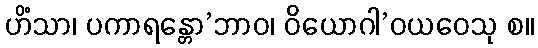
ဟိံသာ၊ ပကာရန္တော’ဘာဝ၊ ဝိယောဂါ’ဝယဝေသု စ။